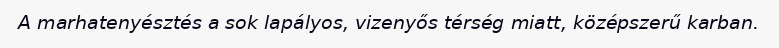
A marhatenyésztés a sok lapályos, vizenyős térség miatt, középszerű karban.